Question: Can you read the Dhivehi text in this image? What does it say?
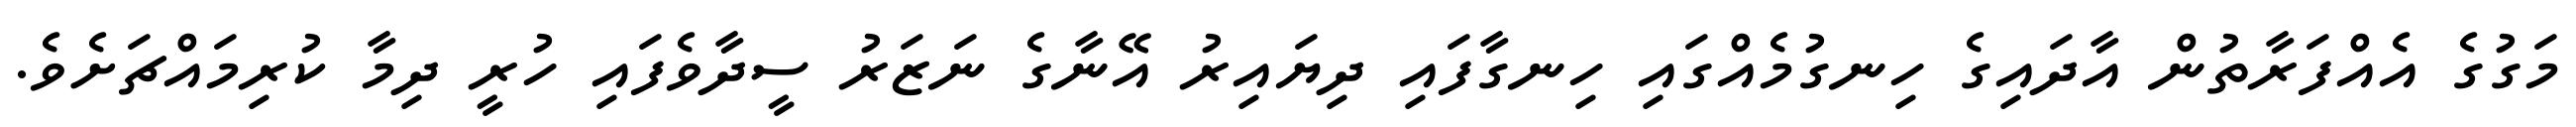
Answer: މަގުގެ އެއްފަރާތުން އާދައިގެ ހިނގުމެއްގައި ހިނގާފައި ދިޔައިރު އޭނާގެ ނަޒަރު ސީދާވެފައި ހުރީ ދިމާ ކުރިމައްޗަށެވެ.